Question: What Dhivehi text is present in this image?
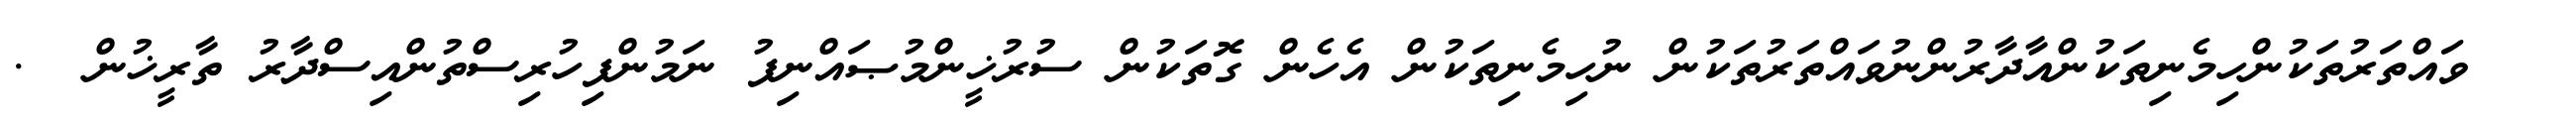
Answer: ??? ވައްތަރުތަކުންހިމެނިތަކުންއާދާރުންނުވައްތަރުތަކުން ނުހިމެނިތަކުން އެހެން ގޮތަކުން ސުރުޚީންމުޞައްނިފު ނަމުންފިހުރިސްތުންއިސްދާރު ތާރީޚުން???.